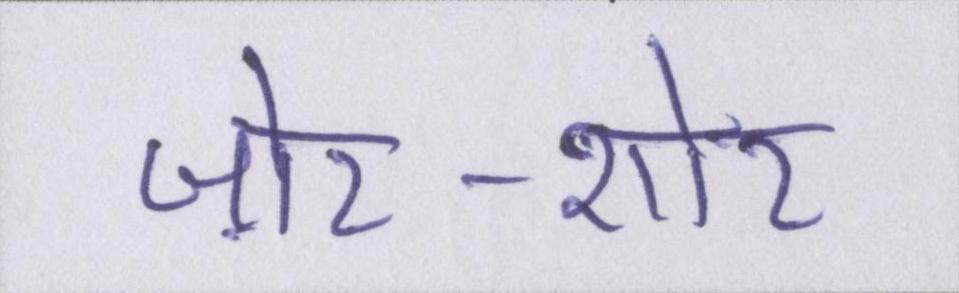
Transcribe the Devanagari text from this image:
ज़ोर-शोर